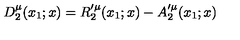
D _ { 2 } ^ { \mu } ( x _ { 1 } ; x ) = R _ { 2 } ^ { \prime \mu } ( x _ { 1 } ; x ) - A _ { 2 } ^ { \prime \mu } ( x _ { 1 } ; x )